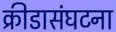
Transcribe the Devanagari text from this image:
क्रीडासंघटना